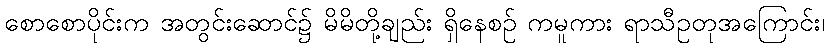
စောစောပိုင်းက အတွင်းဆောင်၌ မိမိတို့ချည်း ရှိနေစဉ် ကမူကား ရာသီဥတုအကြောင်း၊